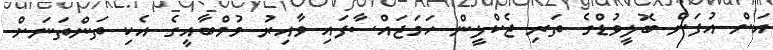
އަށް އުފަން ބޮލީވުޑްގެ ތަރި ޖެކްލީން ހަމަޖައްސާފައި ވާއިރު މުމްބާއީގެ އެކި ތަންތަނަށް